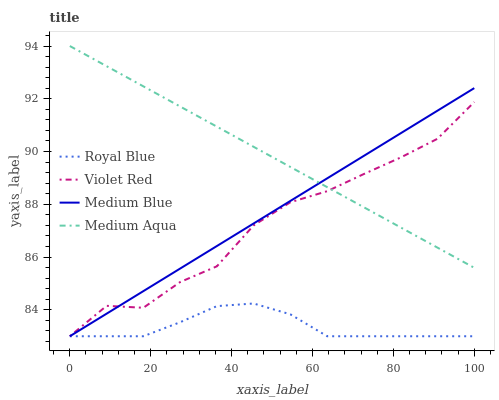
| xaxis_label | Royal Blue | Violet Red | Medium Blue | Medium Aqua |
 | --- | --- | --- | --- | --- |
 | 0 | 83 | 83 | 83 | 94 |
 | 9.09 | 83 | 84.2 | 83.9 | 93.2 |
 | 18.2 | 83 | 84.1 | 84.7 | 92.5 |
 | 27.3 | 83.5 | 85.1 | 85.6 | 91.7 |
 | 36.4 | 84.1 | 85.7 | 86.4 | 90.9 |
 | 45.5 | 84.2 | 87.2 | 87.3 | 90.2 |
 | 54.5 | 83.8 | 88.1 | 88.1 | 89.4 |
 | 63.6 | 83 | 88.5 | 89 | 88.7 |
 | 72.7 | 83 | 89.2 | 89.8 | 87.9 |
 | 81.8 | 83 | 89.8 | 90.7 | 87.1 |
 | 90.9 | 83 | 90.5 | 91.5 | 86.4 |
 | 100 | 83 | 91.9 | 92.4 | 85.6 |